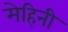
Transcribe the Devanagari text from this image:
मेहिनी